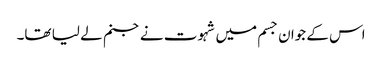
اس کے جوان جسم میں شہوت نے جنم لے لیا تھا۔